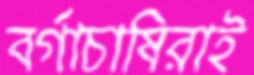
বর্গাচাষিরাই